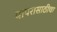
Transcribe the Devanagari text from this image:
वापरासाठीचा